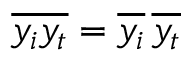
\overline { { y _ { i } y _ { t } } } = \overline { { y _ { i } } } \, \overline { { y _ { t } } }